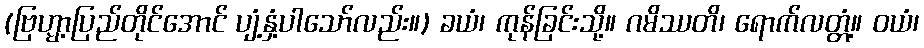
(ဗြဟ္မာ့ပြည်တိုင်အောင် ပျံ့နှံ့ပါသော်လည်း။) ခယံ၊ ကုန်ခြင်းသို့။ ဂမိဿတိ၊ ရောက်လတ္တံ့။ ဝယံ၊